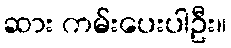
ဆား ကမ်းပေးပါဦး။